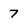
Character: 7